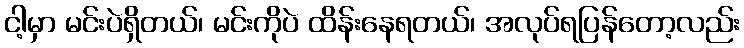
ငါ့မှာ မင်းပဲရှိတယ်၊ မင်းကိုပဲ ထိန်းနေရတယ်၊ အလုပ်ရပြန်တော့လည်း